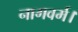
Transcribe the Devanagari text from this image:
नागवर्म।